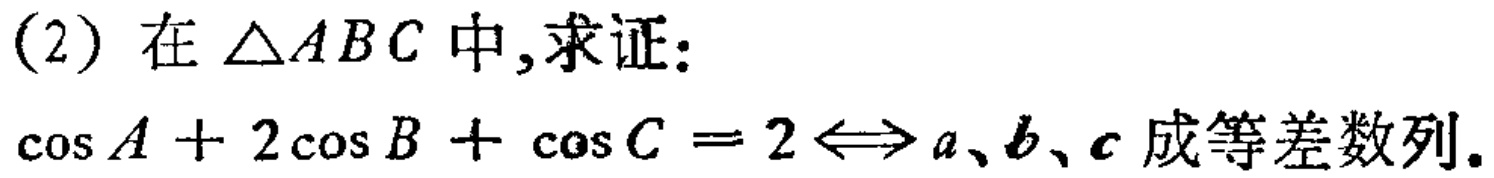
(2) 在 $\triangle ABC$ 中,求证:
$\cos A + 2\cos B + \cos C = 2\Leftrightarrow a、b、c$ 成等差数列.